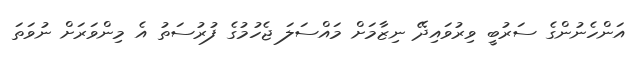
އަންހެނުންގެ ސަރުބީ ވިރުވައިދޭ ނިޒާމަށް މައްސަލަ ޖެހުމުގެ ފުރުސަތު އެ މިންވަރަށް ނުވަތަ